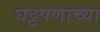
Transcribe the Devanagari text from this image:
घट्टपणाच्या